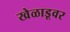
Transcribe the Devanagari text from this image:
खेळाडूवर